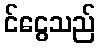
င်ငွေသည်